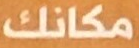
مكانك